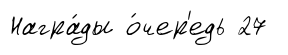
Награ́ды о́чер'едь 27